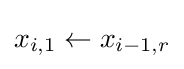
x_{i,1}\leftarrow x_{i-1,r}